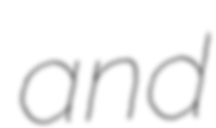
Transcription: and